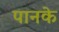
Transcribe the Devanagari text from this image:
पानके